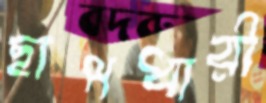
ছাপধারী